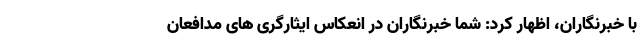
با خبرنگاران، اظهار کرد: شما خبرنگاران در انعکاس ایثارگری های مدافعان